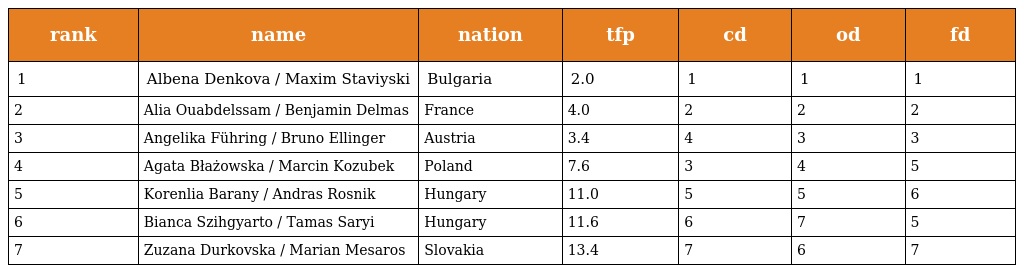
| rank | name | nation | tfp | cd | od | fd |
 | --- | --- | --- | --- | --- | --- | --- |
 | 1 | Albena Denkova / Maxim Staviyski | Bulgaria | 2.0 | 1 | 1 | 1 |
 | 2 | Alia Ouabdelssam / Benjamin Delmas | France | 4.0 | 2 | 2 | 2 |
 | 3 | Angelika Führing / Bruno Ellinger | Austria | 3.4 | 4 | 3 | 3 |
 | 4 | Agata Błażowska / Marcin Kozubek | Poland | 7.6 | 3 | 4 | 5 |
 | 5 | Korenlia Barany / Andras Rosnik | Hungary | 11.0 | 5 | 5 | 6 |
 | 6 | Bianca Szihgyarto / Tamas Saryi | Hungary | 11.6 | 6 | 7 | 5 |
 | 7 | Zuzana Durkovska / Marian Mesaros | Slovakia | 13.4 | 7 | 6 | 7 |